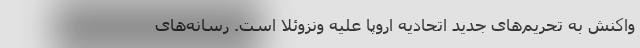
واکنش به تحریم‌های جدید اتحادیه اروپا علیه ونزوئلا است. رسانه‌های